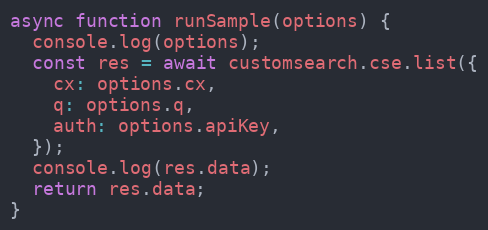
Language: JavaScript
async function runSample(options) {
  console.log(options);
  const res = await customsearch.cse.list({
    cx: options.cx,
    q: options.q,
    auth: options.apiKey,
  });
  console.log(res.data);
  return res.data;
}